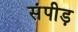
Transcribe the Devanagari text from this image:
संपीड़